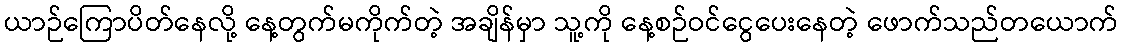
ယာဉ်ကြောပိတ်နေလို့ နေ့တွက်မကိုက်တဲ့ အချိန်မှာ သူ့ကို နေ့စဉ်ဝင်ငွေပေးနေတဲ့ ဖောက်သည်တယောက်